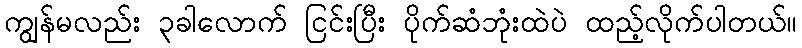
ကျွန်မလည်း ၃ခါလောက် ငြင်းပြီး ပိုက်ဆံဘုံးထဲပဲ ထည့်လိုက်ပါတယ်။